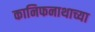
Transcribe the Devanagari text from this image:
कानिफनाथाच्या